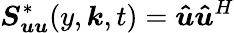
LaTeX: \boldsymbol{S_{uu}}^{*}(y,\boldsymbol{k},t)=\boldsymbol{\hat{u}}\boldsymbol{\hat{u}}^{H}